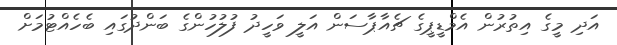
އަދި މީގެ އިތުރުން އެމްޑީޕީގެ ޗެއާޕާސަން އަލީ ވަހީދު ފުލުހުންގެ ބަންދުގައި ބެހެއްޓުމަށް